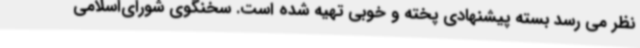
نظر می رسد بسته پیشنهادی پخته و خوبی تهیه شده است. سخنگوی شورای‌اسلامی